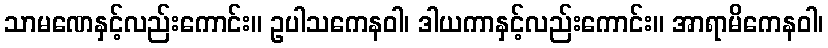
သာမဏေနှင့်လည်းကောင်း။ ဥပါသကေနဝါ၊ ဒါယကာနှင့်လည်းကောင်း။ အာရာမိကေနဝါ၊